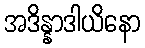
အဒိန္နာဒါယိနော